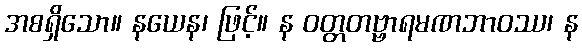
အစရှိသော။ နယေန၊ ဖြင့်။ န ဝတ္တတဗ္ဗာရမဏဘာဝဿ၊ န